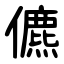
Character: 儦